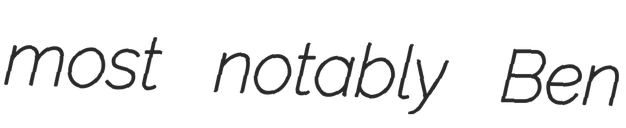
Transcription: most notably Ben